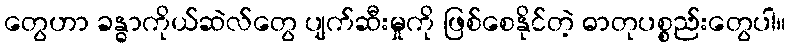
တွေဟာ ခန္ဓာကိုယ်ဆဲလ်တွေ ပျက်ဆီးမှုကို ဖြစ်စေနိုင်တဲ့ ဓာတုပစ္စည်းတွေပါ။